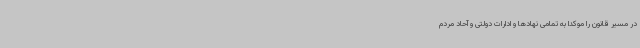
در مسیر قانون را موکداً به تمامی نهادها و ادارات دولتی و آحاد مردم